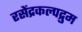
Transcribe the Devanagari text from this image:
रसेंद्रकल्पद्रुम